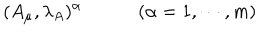
( A _ { \mu } , \lambda _ { A } ) ^ { \alpha } \qquad \quad ( \alpha = 1 , \cdots , m )